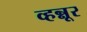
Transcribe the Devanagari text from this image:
व्हन्नूर